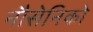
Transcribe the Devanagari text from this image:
नौसेनिको